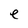
Character: e